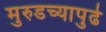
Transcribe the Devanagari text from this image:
मुरुडच्यापुढे